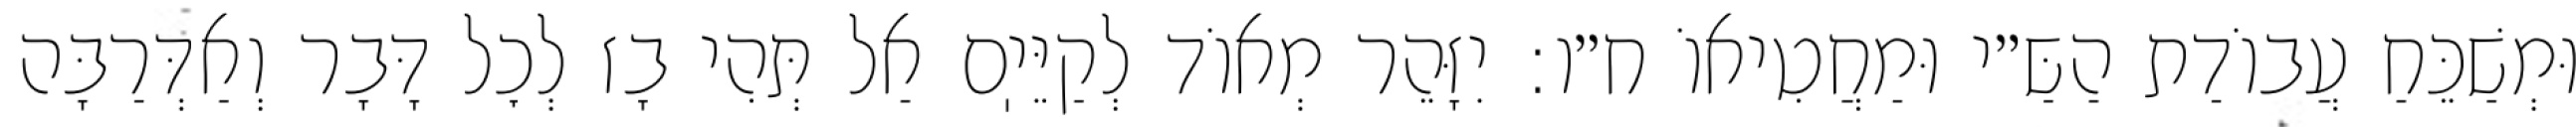
וּמְשַׁכֵּחַ עֲבוֹדַת הַשַּ״י וּמַחֲטִיאוֹ ח״ו: יִזָּהֵר מְאוֹד לְקַיֵּיֽם אַל תְּהִי בָז לְכׇל דָּבָר וְאַדְּרַבָּה